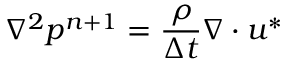
\nabla ^ { 2 } p ^ { n + 1 } = \frac { \rho } { \Delta t } \nabla \cdot \boldsymbol { u } ^ { * }